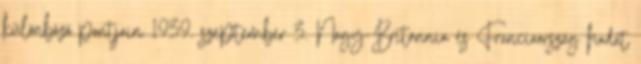
különböző pontjain 1939. szeptember 3. Nagy-Britannia és Franciaország hadat